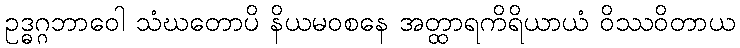
ဥဒ္ဓဂ္ဂဘာဝေါ သံဃတောပိ နိယမဝစနေ အတ္ထာရကိရိယာယံ ဝိဿဝိတာယ